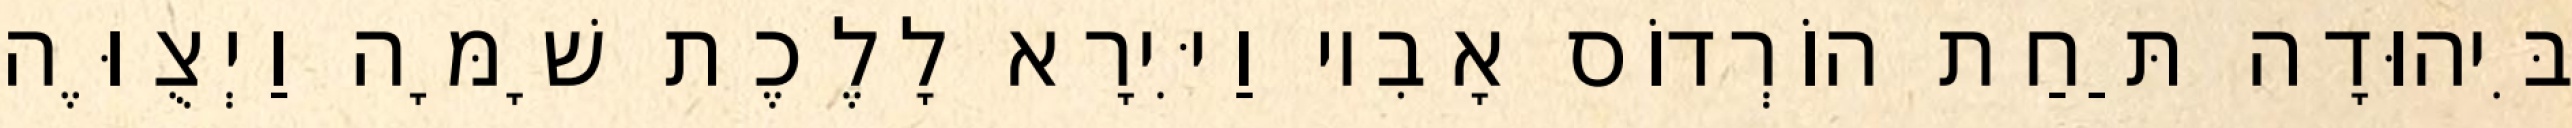
בִּיהוּדָה תַּחַת הוֹרְדוֹס אָבִיו וַיִּירָא לָלֶכֶת שָׁמָּה וַיְצֻוֶּה